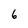
Character: 6